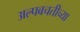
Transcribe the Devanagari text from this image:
अल्पबचतीच्या